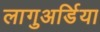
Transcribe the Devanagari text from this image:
लागुअर्डिया